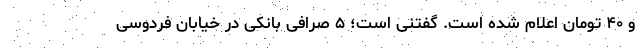
و ۴۰ تومان اعلام شده است. گفتنی است؛ ۵ صرافی بانکی در خیابان فردوسی